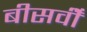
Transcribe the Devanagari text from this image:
बीसवीँ